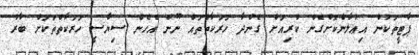
ޕާޓީތަކުން އިޢުލާންކޮށްގެން ކުރިއަށް ގެންދާ ހަރަކާތްތައް ނޫން އެހެން ސިޔާސީ ހަރަކާތްތަކަށް ބާރު